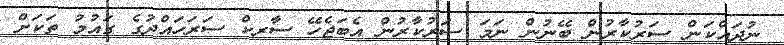
ނުދައްކަން ސަރުކާރުން ބޭނުން ނަމަ ސަރުކާރުން އެެބަޖެހޭ ސާރކް ސަރަހައްދުގެ ގައުމު ތަކަށް